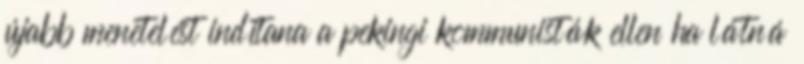
újabb menetelést indítana a pekingi kommunisták ellen ha látná